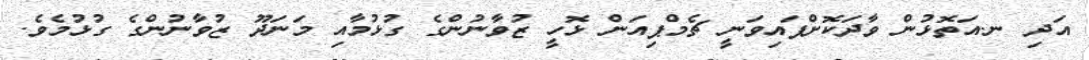
އަދި ނ.އަތޮޅުން ވާދަކޮށްފައިވަނީ ޗެމްޕިއަން ޅޮހީ ޒުވާނުންގެ ގުޅުމާއި މަނަދޫ ޒުވާނުންގެ ގުޅުމެވެ.